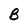
Character: B